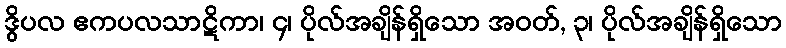
ဒွိပလ ဧကပလသာဋိကာ၊ ၄၊ ပိုလ်အချိန်ရှိသော အဝတ်, ၃၊ ပိုလ်အချိန်ရှိသော